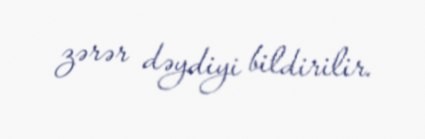
zərər dəydiyi bildirilir.